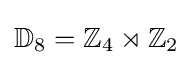
\mathbb {D} _{8}=\mathbb {Z} _{4}\rtimes \mathbb {Z} _{2}